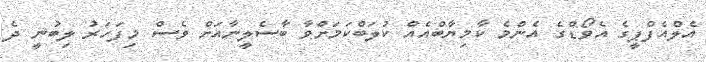
އެލްއެފްޕީގެ އެވޯޑްގެ އެންމެ ކާމިޔާބްއެއް ކުލަބްކަމަށްވާ ބާސެލީނާއަށް ވެސް މިފަހަރު ލިބުނީ ދެ